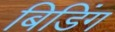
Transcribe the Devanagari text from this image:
बिडिंग